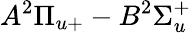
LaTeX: A^{2}\Pi_{u+}-B^{2}\Sigma_{u}^{+}